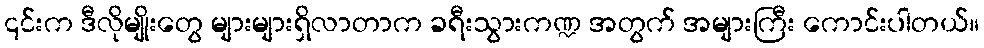
၎င်းက ဒီလိုမျိုးတွေ များများရှိလာတာက ခရီးသွားကဏ္ဍ အတွက် အများကြီး ကောင်းပါတယ်။